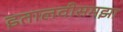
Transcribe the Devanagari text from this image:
इतालवीसमझा